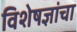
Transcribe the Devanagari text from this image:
विशेषज्ञांचा